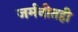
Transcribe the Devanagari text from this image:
जर्मनीतही